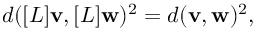
d ( [ L ] \mathbf { v } , [ L ] \mathbf { w } ) ^ { 2 } = d ( \mathbf { v } , \mathbf { w } ) ^ { 2 } ,